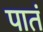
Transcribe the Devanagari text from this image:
पातं